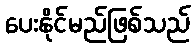
ပေးနိုင်မည်ဖြစ်သည်